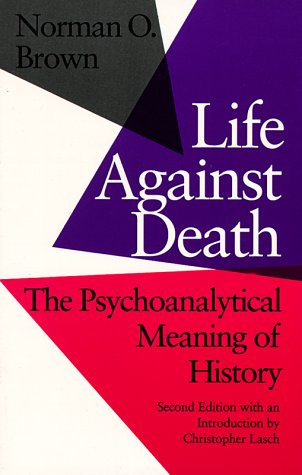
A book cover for Life Against Death: The Psychoanalytical Meaning of History; Norman O. Brown; Medical Books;